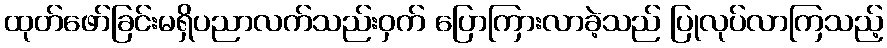
ထုတ်ဖော်ခြင်းမရှိပညာလက်သည်းဝှက် ပြောကြားလာခဲ့သည် ပြုလုပ်လာကြသည့်